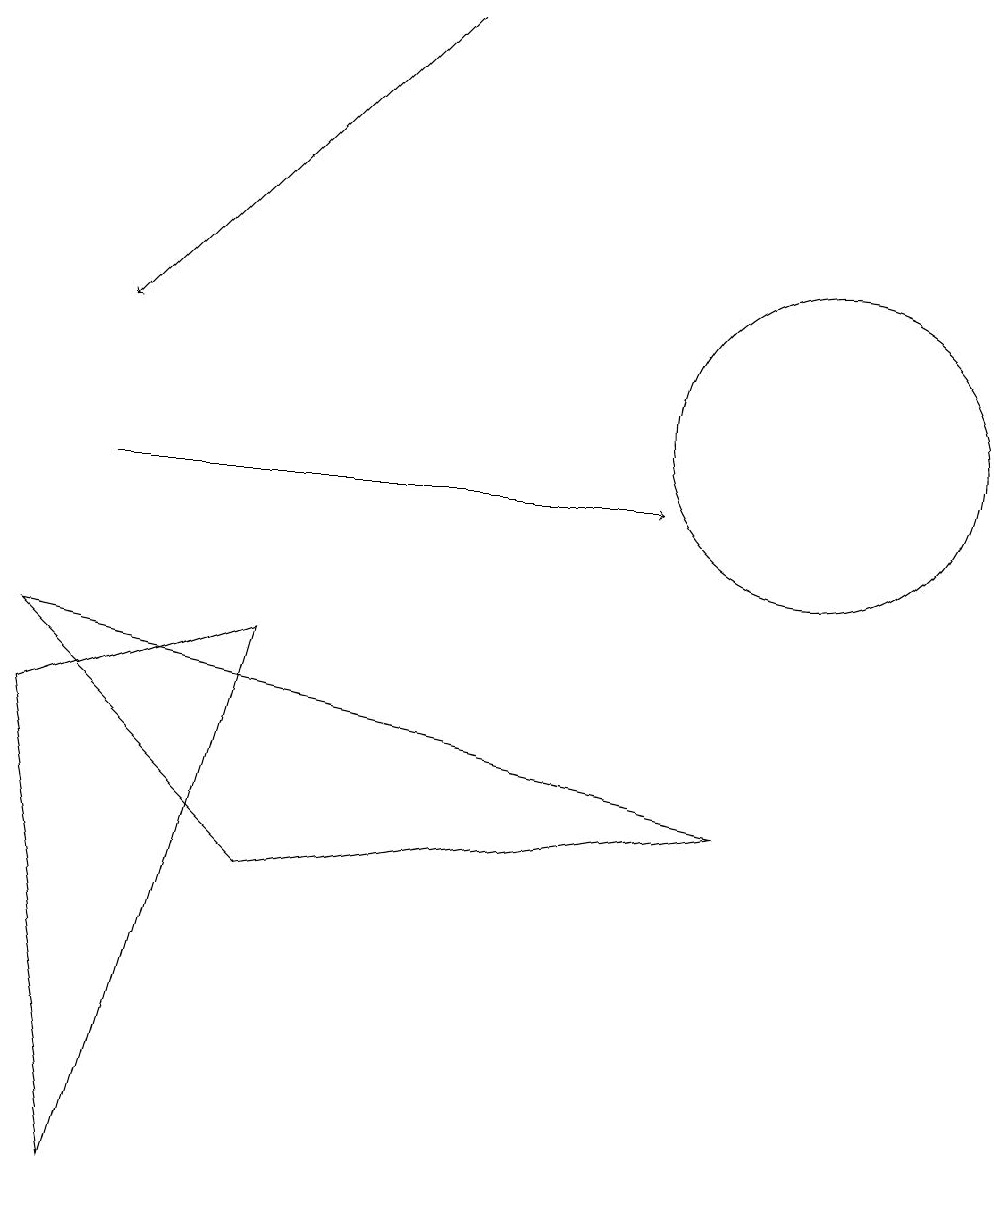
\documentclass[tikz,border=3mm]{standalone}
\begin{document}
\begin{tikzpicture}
\draw (1,1) -- (3,8) -- (0,7) -- cycle;
\draw (10,11) circle (2);
\draw[->] (1,10) -- (8,10);
\draw[->] (5,16) -- (1,12);
\draw (9,6) -- (3,5) -- (0,8) -- cycle;
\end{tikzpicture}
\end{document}